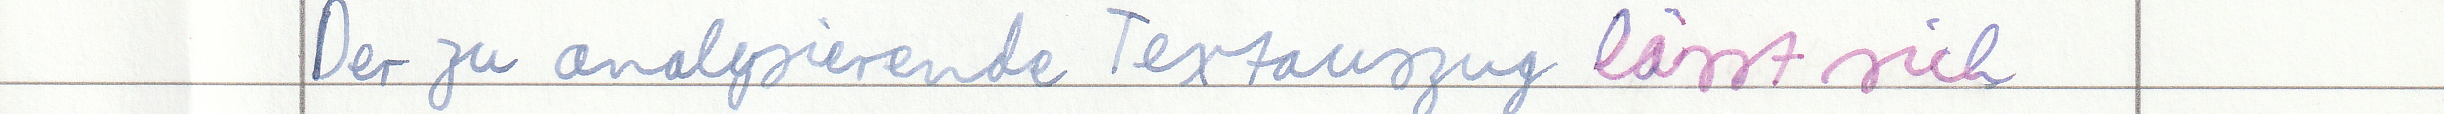
Der zu analysierende Textauszug lässt sich